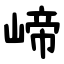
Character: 崹